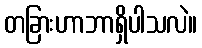
တခြားဟာဘာရှိပါသလဲ။